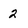
Character: 2